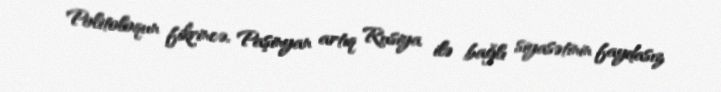
Politoloqun fikrincə, Paşinyan artıq Rusiya ilə bağlı siyasətinin faydasız